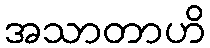
အသာတာဟိ